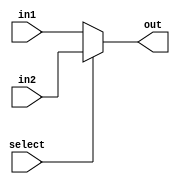

module fiveBitMux(out,in1,in2,select);
    input [4:0] in1, in2;
	input select;
	output reg [4:0] out;
    always @(in1,in2,select) begin
      out <= (select == 0) ?  in1 : in2;  
    end

endmodule